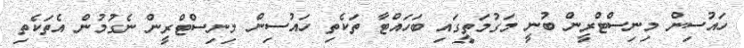
ހައުސިން މިނިސްޓްރީން ބުނީ މަގުމަތީގައި ބަހައްޓާ ތަކެތި ހައުސިން މިނިސްޓްރީން ނެގުމުން އެތަކެތި